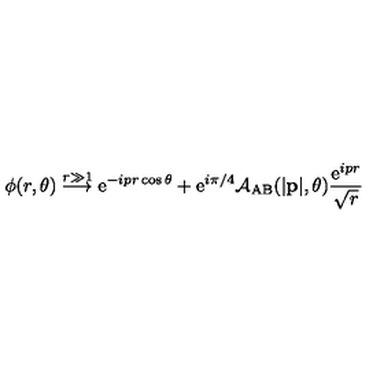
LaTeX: \phi ( r , \theta ) \stackrel { r \gg 1 } { \longrightarrow } \mathrm { e } ^ { - i p r \cos \theta } + \mathrm { e } ^ { i \pi / 4 } { \cal A } _ { \mathrm { A B } } ( | { \bf p } | , \theta ) \frac { \mathrm { e } ^ { i p r } } { \sqrt { r } }